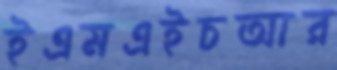
ইএমএইচআর